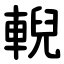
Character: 輗